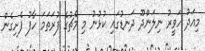
މިއަދު ހަވީރު ނިލަންދޫ ދަނޑުގައި ކުޅުނު މި މެޗުގެ ފުރަތަމަ ހާފު ފެށިގެން